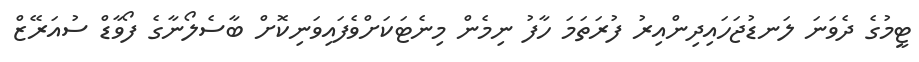
ޓީމުގެ ދެވަނަ ލަނޑުޖަހައިދިންއިރު ފުރަތަމަ ހާފު ނިމެން މިނެޓަކަށްވެފައިވަނިކޮށް ބާސެލޯނާގެ ފޯވާޑް ސުއަރޭޒް